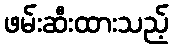
ဖမ်းဆီးထားသည့်